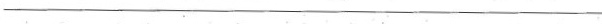
___